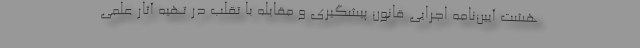
هشت آیین‌نامه اجرایی قانون پیشگیری و مقابله با تقلب در تهیه آثار علمی